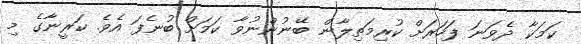
ކަމަކާ ދެވަނަ ފަހަރަށް ކުރިމަތިލާން ބޭނުންނުވާ ކަމަށް ބުނެފަ އެވެ. ކަރީނާގެ މި